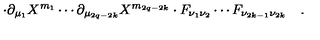
\cdot \partial _ { \mu _ { 1 } } X ^ { m _ { 1 } } \cdots \partial _ { \mu _ { 2 q - 2 k } } X ^ { m _ { 2 q - 2 k } } \cdot F _ { \nu _ { 1 } \nu _ { 2 } } \cdots F _ { \nu _ { 2 k - 1 } \nu _ { 2 k } } \quad .